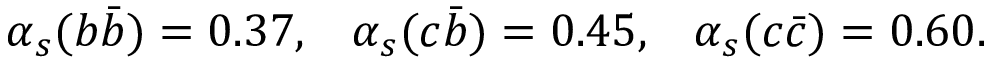
\alpha _ { s } ( b \bar { b } ) = 0 . 3 7 , \; \; \; \alpha _ { s } ( c \bar { b } ) = 0 . 4 5 , \; \; \; \alpha _ { s } ( c \bar { c } ) = 0 . 6 0 . \; \; \;